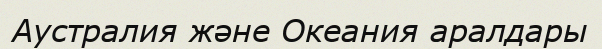
Аустралия және Океания аралдары